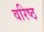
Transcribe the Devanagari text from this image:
वरिष्ठ